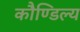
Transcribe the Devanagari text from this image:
कौण्डिल्य